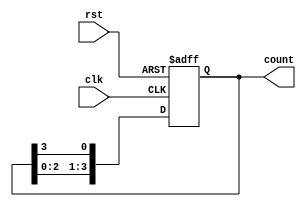
module ring_counter(
    input clk,
    input rst,
    output reg [3:0] count
);

always @(posedge clk or posedge rst) begin
    if (rst) begin
        count <= 4'b0000;
    end else begin
        count <= {count[2:0], count[3]};
    end
end

endmodule